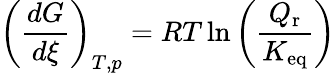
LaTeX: \left({\frac{dG}{d\xi}}\right)_{T,p}=RT\ln\left({\frac{Q_{\mathrm{r}}}{K_{\mathrm{eq}}}}\right)